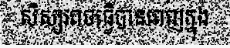
សិស្សអាចធ្វើបានពេញក្នុង